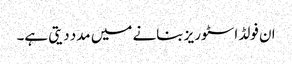
ان فولڈ اسٹوریز بنانے میں مدد دیتی ہے۔